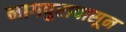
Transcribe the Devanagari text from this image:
नागपुरापासून